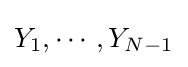
Y_{1},\cdots ,Y_{N-1}